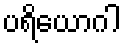
ပရိယောဂါ